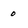
Character: 0